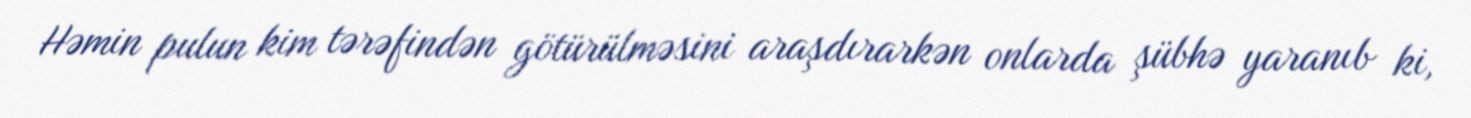
Həmin pulun kim tərəfindən götürülməsini araşdırarkən onlarda şübhə yaranıb ki,